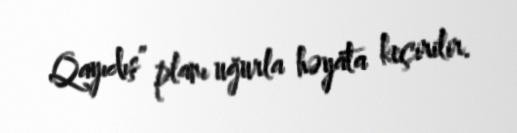
Qayıdış” planı uğurla həyata keçirilir.